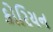
કોરિયન